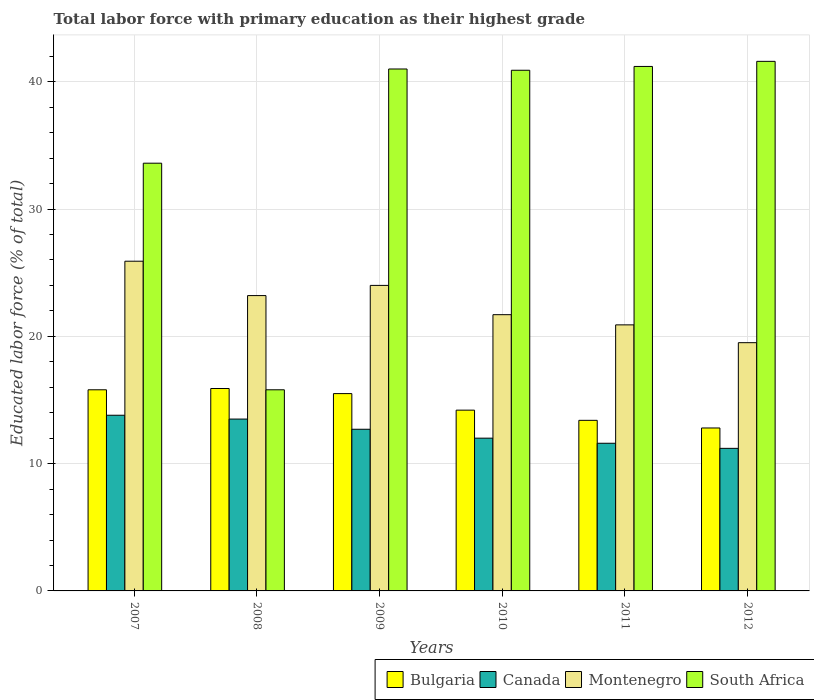
| Years | Bulgaria | Canada | Montenegro | South Africa |
 | --- | --- | --- | --- | --- |
 | 2007 | 15.8 | 13.8 | 25.9 | 33.6 |
 | 2008 | 15.9 | 13.5 | 23.2 | 15.8 |
 | 2009 | 15.5 | 12.7 | 24 | 41 |
 | 2010 | 14.2 | 12 | 21.7 | 40.9 |
 | 2011 | 13.4 | 11.6 | 20.9 | 41.2 |
 | 2012 | 12.8 | 11.2 | 19.5 | 41.6 |